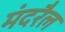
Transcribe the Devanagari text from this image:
मंदरैल